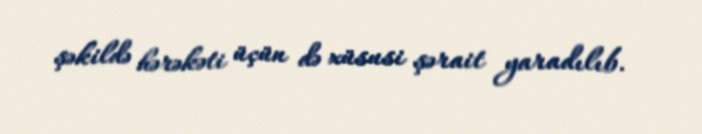
şəkildə hərəkəti üçün də xüsusi şərait yaradılıb.